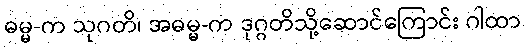
ဓမ္မ-က သုဂတိ၊ အဓမ္မ-က ဒုဂ္ဂတိသို့ဆောင်ကြောင်း ဂါထာ